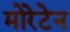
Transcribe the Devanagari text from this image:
मोरेटेन